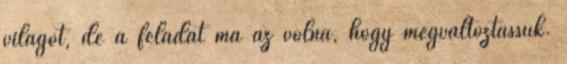
világot, de a feladat ma az volna, hogy megváltoztassuk.